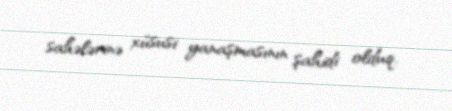
sahələrinə xüsusi yanaşmasının şahidi olduq.